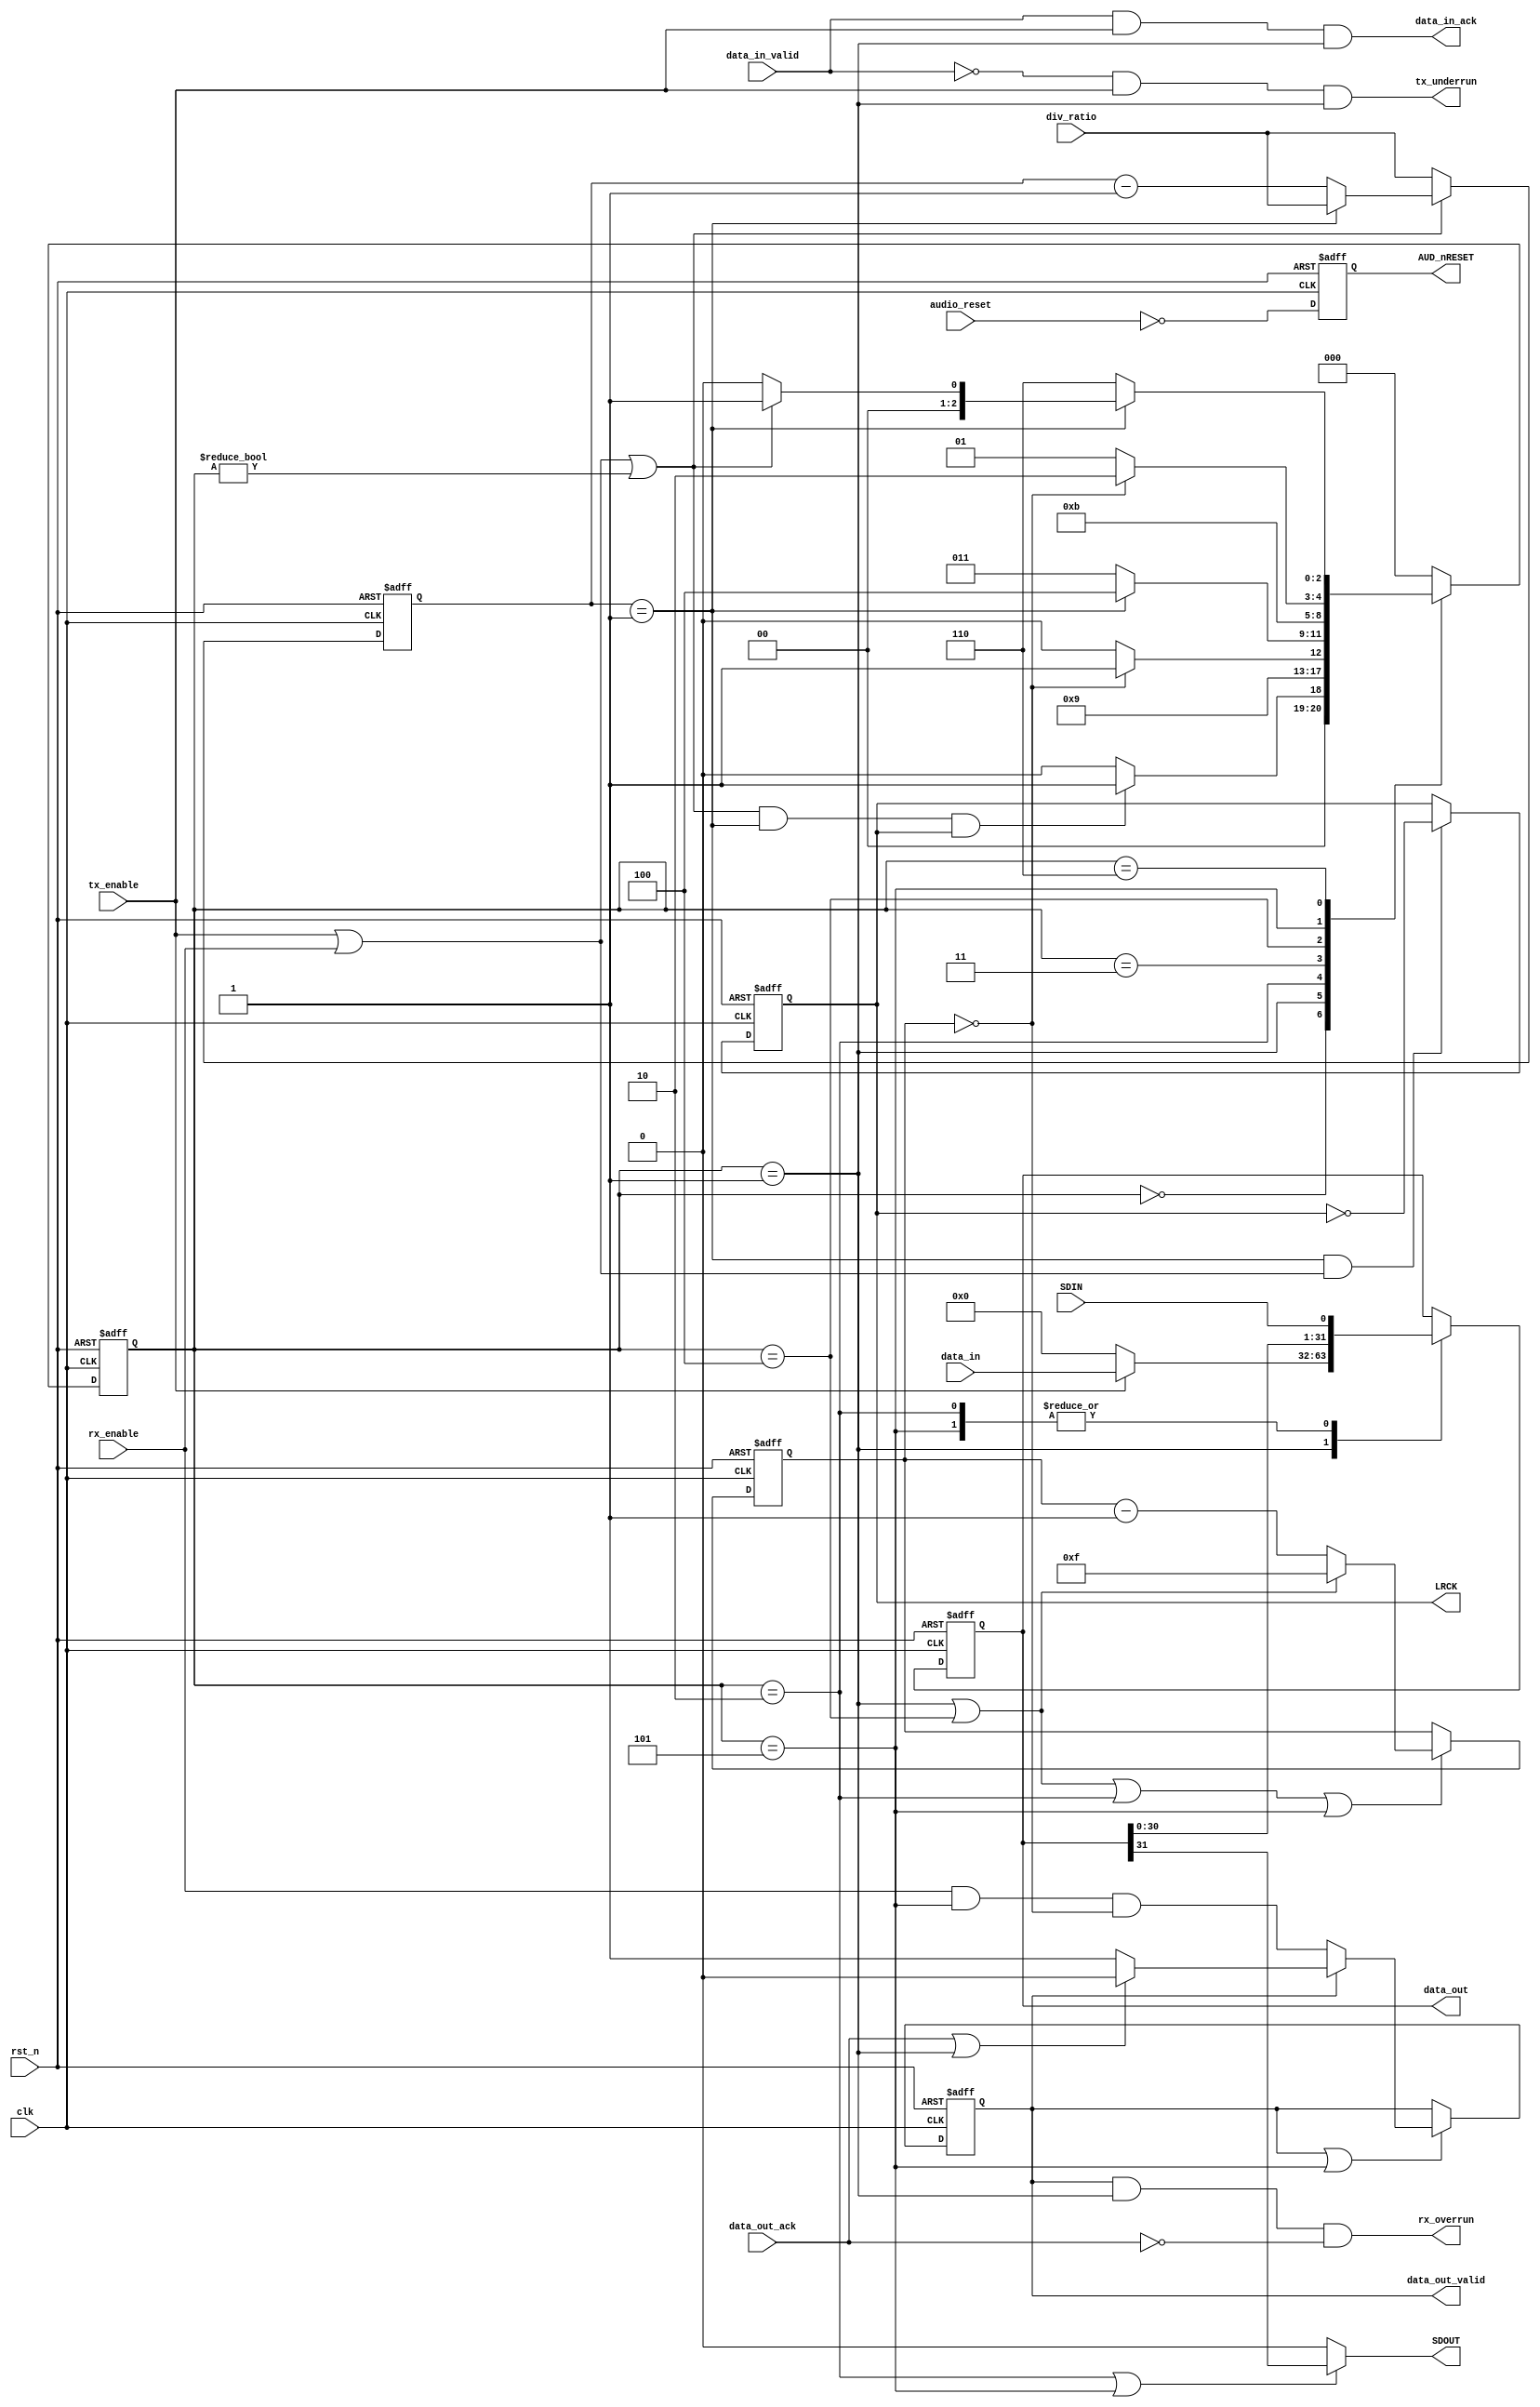
//-----------------------------------------------------------------------------
// The confidential and proprietary information contained in this file may
// only be used by a person authorised under and to the extent permitted
// by a subsisting licensing agreement from ARM Limited or its affiliates.
//
//        (C) COPYRIGHT 2013 ARM Limited or its affiliates.
//            ALL RIGHTS RESERVED
//
// This entire notice must be reproduced on all copies of this file
// and copies of this file may only be made by a person if such person is
// permitted to do so under the terms of a subsisting license agreement
// from ARM Limited or its affiliates.
//
// -----------------------------------------------------------------------------
//
//      SVN Information
//
//      Checked In          : $Date: 2013-04-05 11:54:17 +0100 (Fri, 05 Apr 2013) $
//
//      Revision            : $Revision: 242973 $
//
//      Release Information : CM3DesignStart-r0p0-01rel0
//
//-----------------------------------------------------------------------------
//-----------------------------------------------------------------------------
// Abstract : I2S interface - I2S protocol I/O
//-----------------------------------------------------------------------------

module i2s_if (
  input    wire           clk,    // Audio interface master clock (e.g. 12.88MHz)
                                  // Invert of MCLK
  input    wire           rst_n,  // Audio interface reset
  output   wire           LRCK,   // Left Right Clock
  output   wire           SDOUT,  // Audio Data Out
  input    wire           SDIN,   // Audio Data In
  output   wire           AUD_nRESET, // Audio reset

  input    wire           tx_enable,
  input    wire           rx_enable,
  input    wire   [9:0]   div_ratio,
  input    wire           audio_reset,

  input    wire  [31:0]   data_in,
  input    wire           data_in_valid,
  output   wire           data_in_ack,

  output   wire  [31:0]   data_out,
  output   wire           data_out_valid,
  input    wire           data_out_ack,

  output   wire           tx_underrun,
  output   wire           rx_overrun
  );


  // Internal wires
  reg   [9:0]  reg_lrclk_div;
  reg   [10:0] nxt_lrclk_div;
  wire         i2s_enable;
  reg          reg_lrck;
  wire         lrclk_cntr_reload;
  reg   [2:0]  reg_state;
  reg   [2:0]  nxt_state;
  localparam  I2SFSM_IDLE= 3'b000; // Wait for i2s_enable & lrclk_cntr_reload & reg_lrck
  localparam  I2SFSM_LSTA= 3'b001; // Start cycle for Left channel
  localparam  I2SFSM_LDAT= 3'b010; // 16 cycles of data bit
  localparam  I2SFSM_LWAI= 3'b011; // Wait for lrclk_cntr_reload
  localparam  I2SFSM_RSTA= 3'b100; // Start cycle for Right channel
  localparam  I2SFSM_RDAT= 3'b101; // 16 cycles of data bit
  localparam  I2SFSM_RWAI= 3'b110; // Wait for lrclk_cntr_reload

  reg  [31:0]  reg_shiftdata;      // Shift register for data
  reg  [31:0]  nxt_shiftdata;      // Shift register for data
  reg   [3:0]  reg_bitcntr;        // Bit counter
  wire  [4:0]  nxt_bitcntr;        // Bit counter

  reg          reg_rx_data_valid;  // RX buffer status
  reg          nxt_rx_data_valid;

  reg          reg_aud_rst_n;

  // reload Left/Right clock counter when counter reach 1
  assign lrclk_cntr_reload = (reg_lrclk_div==9'b00000001);
  // Enable i2s when transfer is enabled and when disabled,
  //  and when disabled, wait until current transfer is completed
  assign i2s_enable = tx_enable | rx_enable | (reg_state!=I2SFSM_IDLE);

  always @(reg_lrclk_div or i2s_enable or div_ratio)
  begin
    if (i2s_enable)
      begin
      if (reg_lrclk_div==10'b0000000001)
      begin
        nxt_lrclk_div[10] = 1'b0; // reload
        nxt_lrclk_div[9:0] = div_ratio; // reload
      end
      else
        nxt_lrclk_div = reg_lrclk_div-1'b1;
      end
    else
      nxt_lrclk_div[9:0] = div_ratio;
  end

  always @(posedge clk or negedge rst_n)
  begin
  if (~rst_n)
    reg_lrclk_div <= 10'b0000000001;
  else
    reg_lrclk_div <= nxt_lrclk_div[9:0];
  end

  always @(posedge clk or negedge rst_n)
  begin
  if (~rst_n)
    reg_lrck <= 1'b1;
  else if (lrclk_cntr_reload & (tx_enable|rx_enable))
    reg_lrck <= ~reg_lrck;
  end

  assign LRCK = reg_lrck;

  // I2S protocol FSM
  always @(reg_state or lrclk_cntr_reload or reg_lrck or i2s_enable or reg_bitcntr)
  begin
  case (reg_state)
    I2SFSM_IDLE: nxt_state = (i2s_enable & lrclk_cntr_reload & reg_lrck) ?
    I2SFSM_LSTA: I2SFSM_IDLE; // Wait for start of I2S frame
    I2SFSM_LSTA: nxt_state = I2SFSM_LDAT; // Padding bit cycle, move to data next
    I2SFSM_LDAT: nxt_state = // Wait for 16 bit transfer completed
       (reg_bitcntr==4'h0) ? I2SFSM_LWAI : I2SFSM_LDAT;
    I2SFSM_LWAI: nxt_state = // Wait for starting of right channel
       (lrclk_cntr_reload) ? I2SFSM_RSTA : I2SFSM_LWAI;
    I2SFSM_RSTA: nxt_state = I2SFSM_RDAT; // Padding bit cycle, move to data next
    I2SFSM_RDAT: nxt_state = // Wait for 16 bit transfer completed
       (reg_bitcntr==4'h0) ? I2SFSM_RWAI : I2SFSM_RDAT;
    I2SFSM_RWAI: nxt_state = // Check enable status and return to IDLE if I2S disabled
          (lrclk_cntr_reload) ?
       ((i2s_enable) ? I2SFSM_LSTA : I2SFSM_IDLE): I2SFSM_RWAI; // else start Left frame again
    default: nxt_state = I2SFSM_IDLE; // Not used
  endcase
  end

  always @(posedge clk or negedge rst_n)
  begin
  if (~rst_n)
    reg_state <= I2SFSM_IDLE;
  else
    reg_state <= nxt_state;
  end

  // Shift register
  always @(reg_state or data_in or data_in_valid or SDIN or tx_enable or reg_shiftdata)
  begin
  case (reg_state)
    I2SFSM_IDLE: nxt_shiftdata = reg_shiftdata; // No change
    I2SFSM_LSTA: nxt_shiftdata = (tx_enable) ? data_in : {32{1'b0}}; // Load new data
    I2SFSM_LDAT: nxt_shiftdata = {reg_shiftdata[30:0], SDIN}; // Shift data in 16 times
    I2SFSM_LWAI: nxt_shiftdata = reg_shiftdata; // No change
    I2SFSM_RSTA: nxt_shiftdata = reg_shiftdata; // No change
    I2SFSM_RDAT: nxt_shiftdata = {reg_shiftdata[30:0], SDIN}; // Shift data in 16 times
    I2SFSM_RWAI: nxt_shiftdata = reg_shiftdata; // No change
    default:     nxt_shiftdata = reg_shiftdata; // No change
  endcase
  end

  always @(posedge clk or negedge rst_n)
  begin
  if (~rst_n)
    reg_shiftdata <= {32{1'b0}};
  else
    reg_shiftdata <= nxt_shiftdata;
  end

  // Output bit in shift data cycles
  assign SDOUT = ((reg_state==I2SFSM_LDAT)||(reg_state==I2SFSM_RDAT)) ?
                  reg_shiftdata[31] : 1'b0 ;

  // Bit counter
  assign nxt_bitcntr = // Reload at start bit and decrement during data bits
    ((reg_state==I2SFSM_LSTA)|(reg_state==I2SFSM_RSTA)) ?
       5'h0F : (reg_bitcntr - 1'b1);

  always @(posedge clk or negedge rst_n)
  begin
  if (~rst_n)
    reg_bitcntr <= 4'h0;
  else if ((reg_state==I2SFSM_LSTA)|(reg_state==I2SFSM_RSTA)|
           (reg_state==I2SFSM_LDAT)|(reg_state==I2SFSM_RDAT))
    reg_bitcntr <= nxt_bitcntr[3:0]; //MSB drop as only present to catch carry or borrow
  end

  // TX control handling
  assign data_in_ack =  data_in_valid & tx_enable & (reg_state==I2SFSM_LSTA);
  assign tx_underrun = ~data_in_valid & tx_enable & (reg_state==I2SFSM_LSTA);

  // RX control handling
  always @(reg_rx_data_valid or reg_state or rx_enable or data_out_ack or reg_bitcntr)
  begin
  if (reg_rx_data_valid)
    nxt_rx_data_valid = (data_out_ack|(reg_state==I2SFSM_LSTA)) ? 1'b0 : 1'b1;
  else
    nxt_rx_data_valid = rx_enable & (reg_state==I2SFSM_RDAT) & (reg_bitcntr==4'h0);
  end

  always @(posedge clk or negedge rst_n)
  begin
  if (~rst_n)
    reg_rx_data_valid <= 1'b0;
  else if (reg_rx_data_valid | (reg_state==I2SFSM_RDAT))
    reg_rx_data_valid <= nxt_rx_data_valid;
  end

  assign data_out_valid = reg_rx_data_valid;
  assign data_out       = reg_shiftdata;
  assign rx_overrun     = reg_rx_data_valid & (reg_state==I2SFSM_LSTA) & ~data_out_ack;

  // Audio reset
  always @(posedge clk or negedge rst_n)
  begin
  if (~rst_n)
    reg_aud_rst_n <= 1'b0;
  else
    reg_aud_rst_n <= ~audio_reset;
  end

  assign AUD_nRESET = reg_aud_rst_n;

endmodule